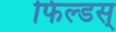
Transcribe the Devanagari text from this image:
फिल्डस्